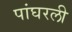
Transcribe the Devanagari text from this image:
पांघरली